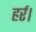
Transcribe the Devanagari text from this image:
हर्र।